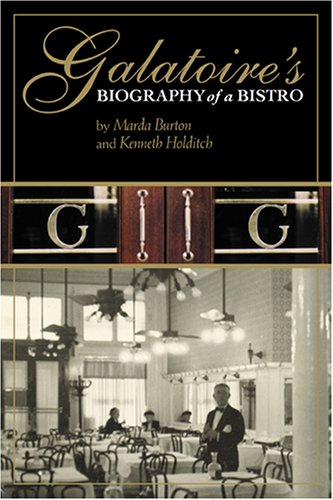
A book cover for Galatoire's: Biography of a Bistro; Marda Burton; Cookbooks, Food & Wine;